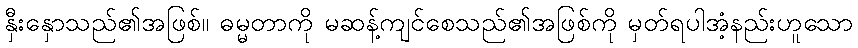
နှီးနှောသည်၏အဖြစ်။ ဓမ္မတာကို မဆန့်ကျင်စေသည်၏အဖြစ်ကို မှတ်ရပါအံ့နည်းဟူသော